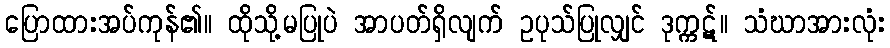
ပြောထားအပ်ကုန်၏။ ထိုသို့မပြုပဲ အာပတ်ရှိလျက် ဥပုသ်ပြုလျှင် ဒုက္ကဋ်။ သံဃာအားလုံး